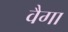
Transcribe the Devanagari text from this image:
वैगा